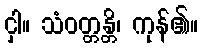
ငှါ။ သံဝတ္တန္တိ၊ ကုန်၏။